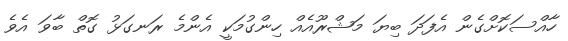
ހާއްސަކޮށްގެން އެފަދަ ބިޔަ މަޝްރޫއެއް ހިންގުމަކީ އެންމެ ރަނގަޅު ގޮތް ބާވަ އެވެ